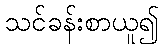
သင်ခန်းစာယူ၍